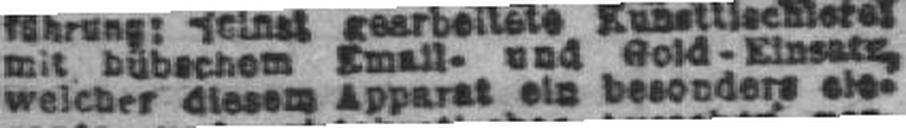
weicher diesem Apparat ein besonders ele¬